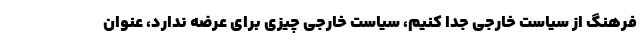
فرهنگ از سیاست خارجی جدا کنیم، سیاست خارجی چیزی برای عرضه ندارد، عنوان